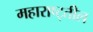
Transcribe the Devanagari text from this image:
महाराष्ट्तील